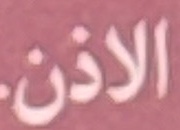
الاذن